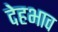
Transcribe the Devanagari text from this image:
देहभाव